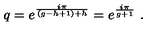
q = e ^ { \frac { i \pi } { ( g - h + 1 ) + h } } = e ^ { \frac { i \pi } { g + 1 } } \ .